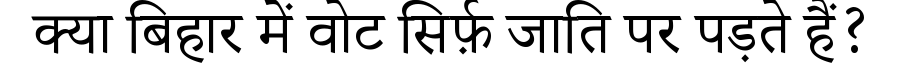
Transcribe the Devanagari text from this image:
क्या बिहार में वोट सिर्फ़ जाति पर पड़ते हैं?